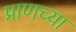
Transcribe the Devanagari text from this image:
प्राणच्या